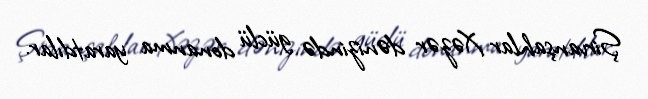
Şirvanşahlar Xəzər dənizində güclü donanma yaratdılar.